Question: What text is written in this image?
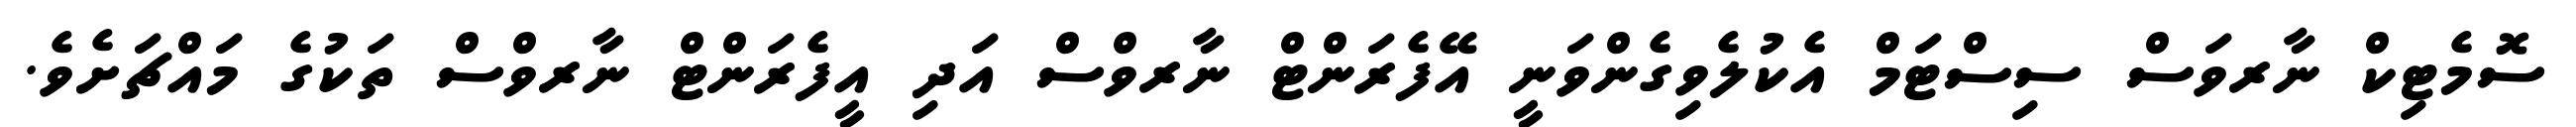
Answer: ސޮމެޓިކް ނާރވަސް ސިސްޓަމް އެކުލެވިގެންވަނީ އޭފެރަންޓް ނާރވްސް އަދި އީފެރަންޓް ނާރވްސް ތަކުގެ މައްޗަށެވެ.